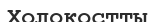
Холокостты